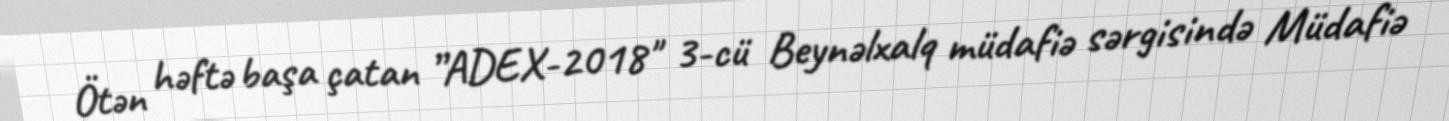
Ötən həftə başa çatan ”ADEX-2018" 3-cü Beynəlxalq müdafiə sərgisində Müdafiə